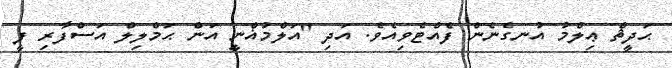
ޙަދީޘް ޢިލްމު އުނގެނެން ފެއްޓެވިއެވެ. އަދި ''އަލްމުޣްނީ އަން ޙަމްލިލް އަސްފާރި ފީ